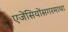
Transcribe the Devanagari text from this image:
एजेंसियोंसगरमाथा